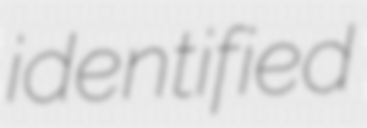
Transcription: identified